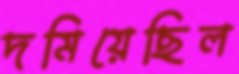
দমিয়েছিল